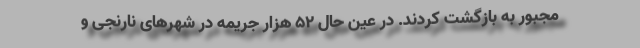
مجبور به بازگشت کردند. در عین حال ۵۲ هزار جریمه در شهرهای نارنجی و